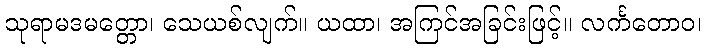
သုရာမဒမတ္တော၊ သေယစ်လျက်။ ယထာ၊ အကြင်အခြင်းဖြင့်။ လင်္ကတောဝ၊